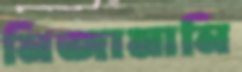
নিজামানি